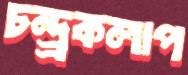
চন্দ্র্রকলাপ